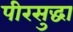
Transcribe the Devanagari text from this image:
पीरसुद्धा